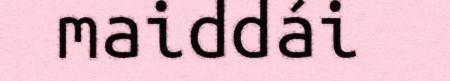
maiddái